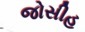
જોસીહ